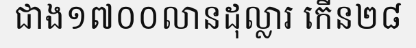
ជាង១៧០០លានដុល្លារ កើន២៨